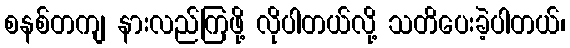
စနစ်တကျ နားလည်ကြဖို့ လိုပါတယ်လို့ သတိပေးခဲ့ပါတယ်၊